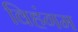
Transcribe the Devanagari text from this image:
विहंगम